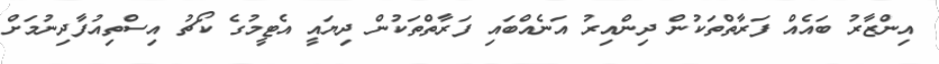
އިންޒާރު ބައެއް ފަރާތްތަކުން ދިންއިރު އަނެއްބައި ފަރާތްތަކުން ދިޔައީ އެޓީމުގެ ކޯޗު އިސްތިއުފާދިނުމަށް